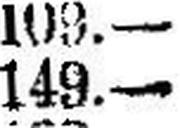
149.—